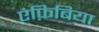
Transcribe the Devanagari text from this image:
एंफ़िबिया